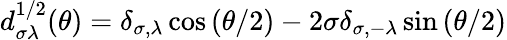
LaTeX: d_{\sigma\lambda}^{1/2}(\theta)=\delta_{\sigma,\lambda}\cos{(\theta/2)}-2\sigma\delta_{\sigma,-\lambda}\sin{(\theta/2)}